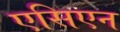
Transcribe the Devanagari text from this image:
एसिएन